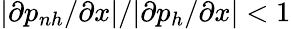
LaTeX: |\partial p_{nh}/\partial x|/|\partial p_{h}/\partial x|<1